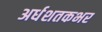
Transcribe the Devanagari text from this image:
अर्धशतकभर